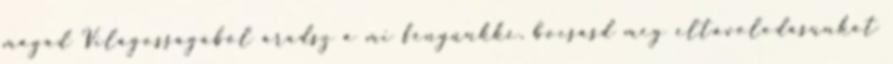
magad Világosságából áradsz a mi fényünkké, bocsásd meg eltávolodásunkat